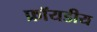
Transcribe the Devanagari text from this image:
फ्रॉयडीय